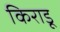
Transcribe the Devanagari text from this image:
किराडू